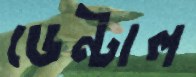
ডেন্টাল